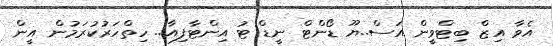
އެވާ އިޒް ބިޓްވީން އަސް..ޔޫ ޑޯންޓް ނީޑް ޓު އިންޓާފިއާ.. ހިތްހަރުކުރަމުން އީން